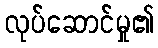
လုပ်ဆောင်မှု၏